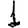
Digit: 1